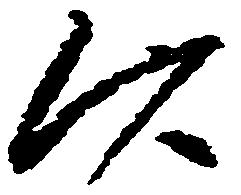
以